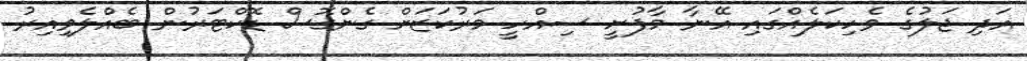
އަދި ޖަލުގެ ވެހިކަލެއްގައި އޭނާ މާފުށީ ސިއްހީ މަރުކަޒަށް ގެންގޮސް ޑޮކްޓަރުން ބެއްލެވިއިރު